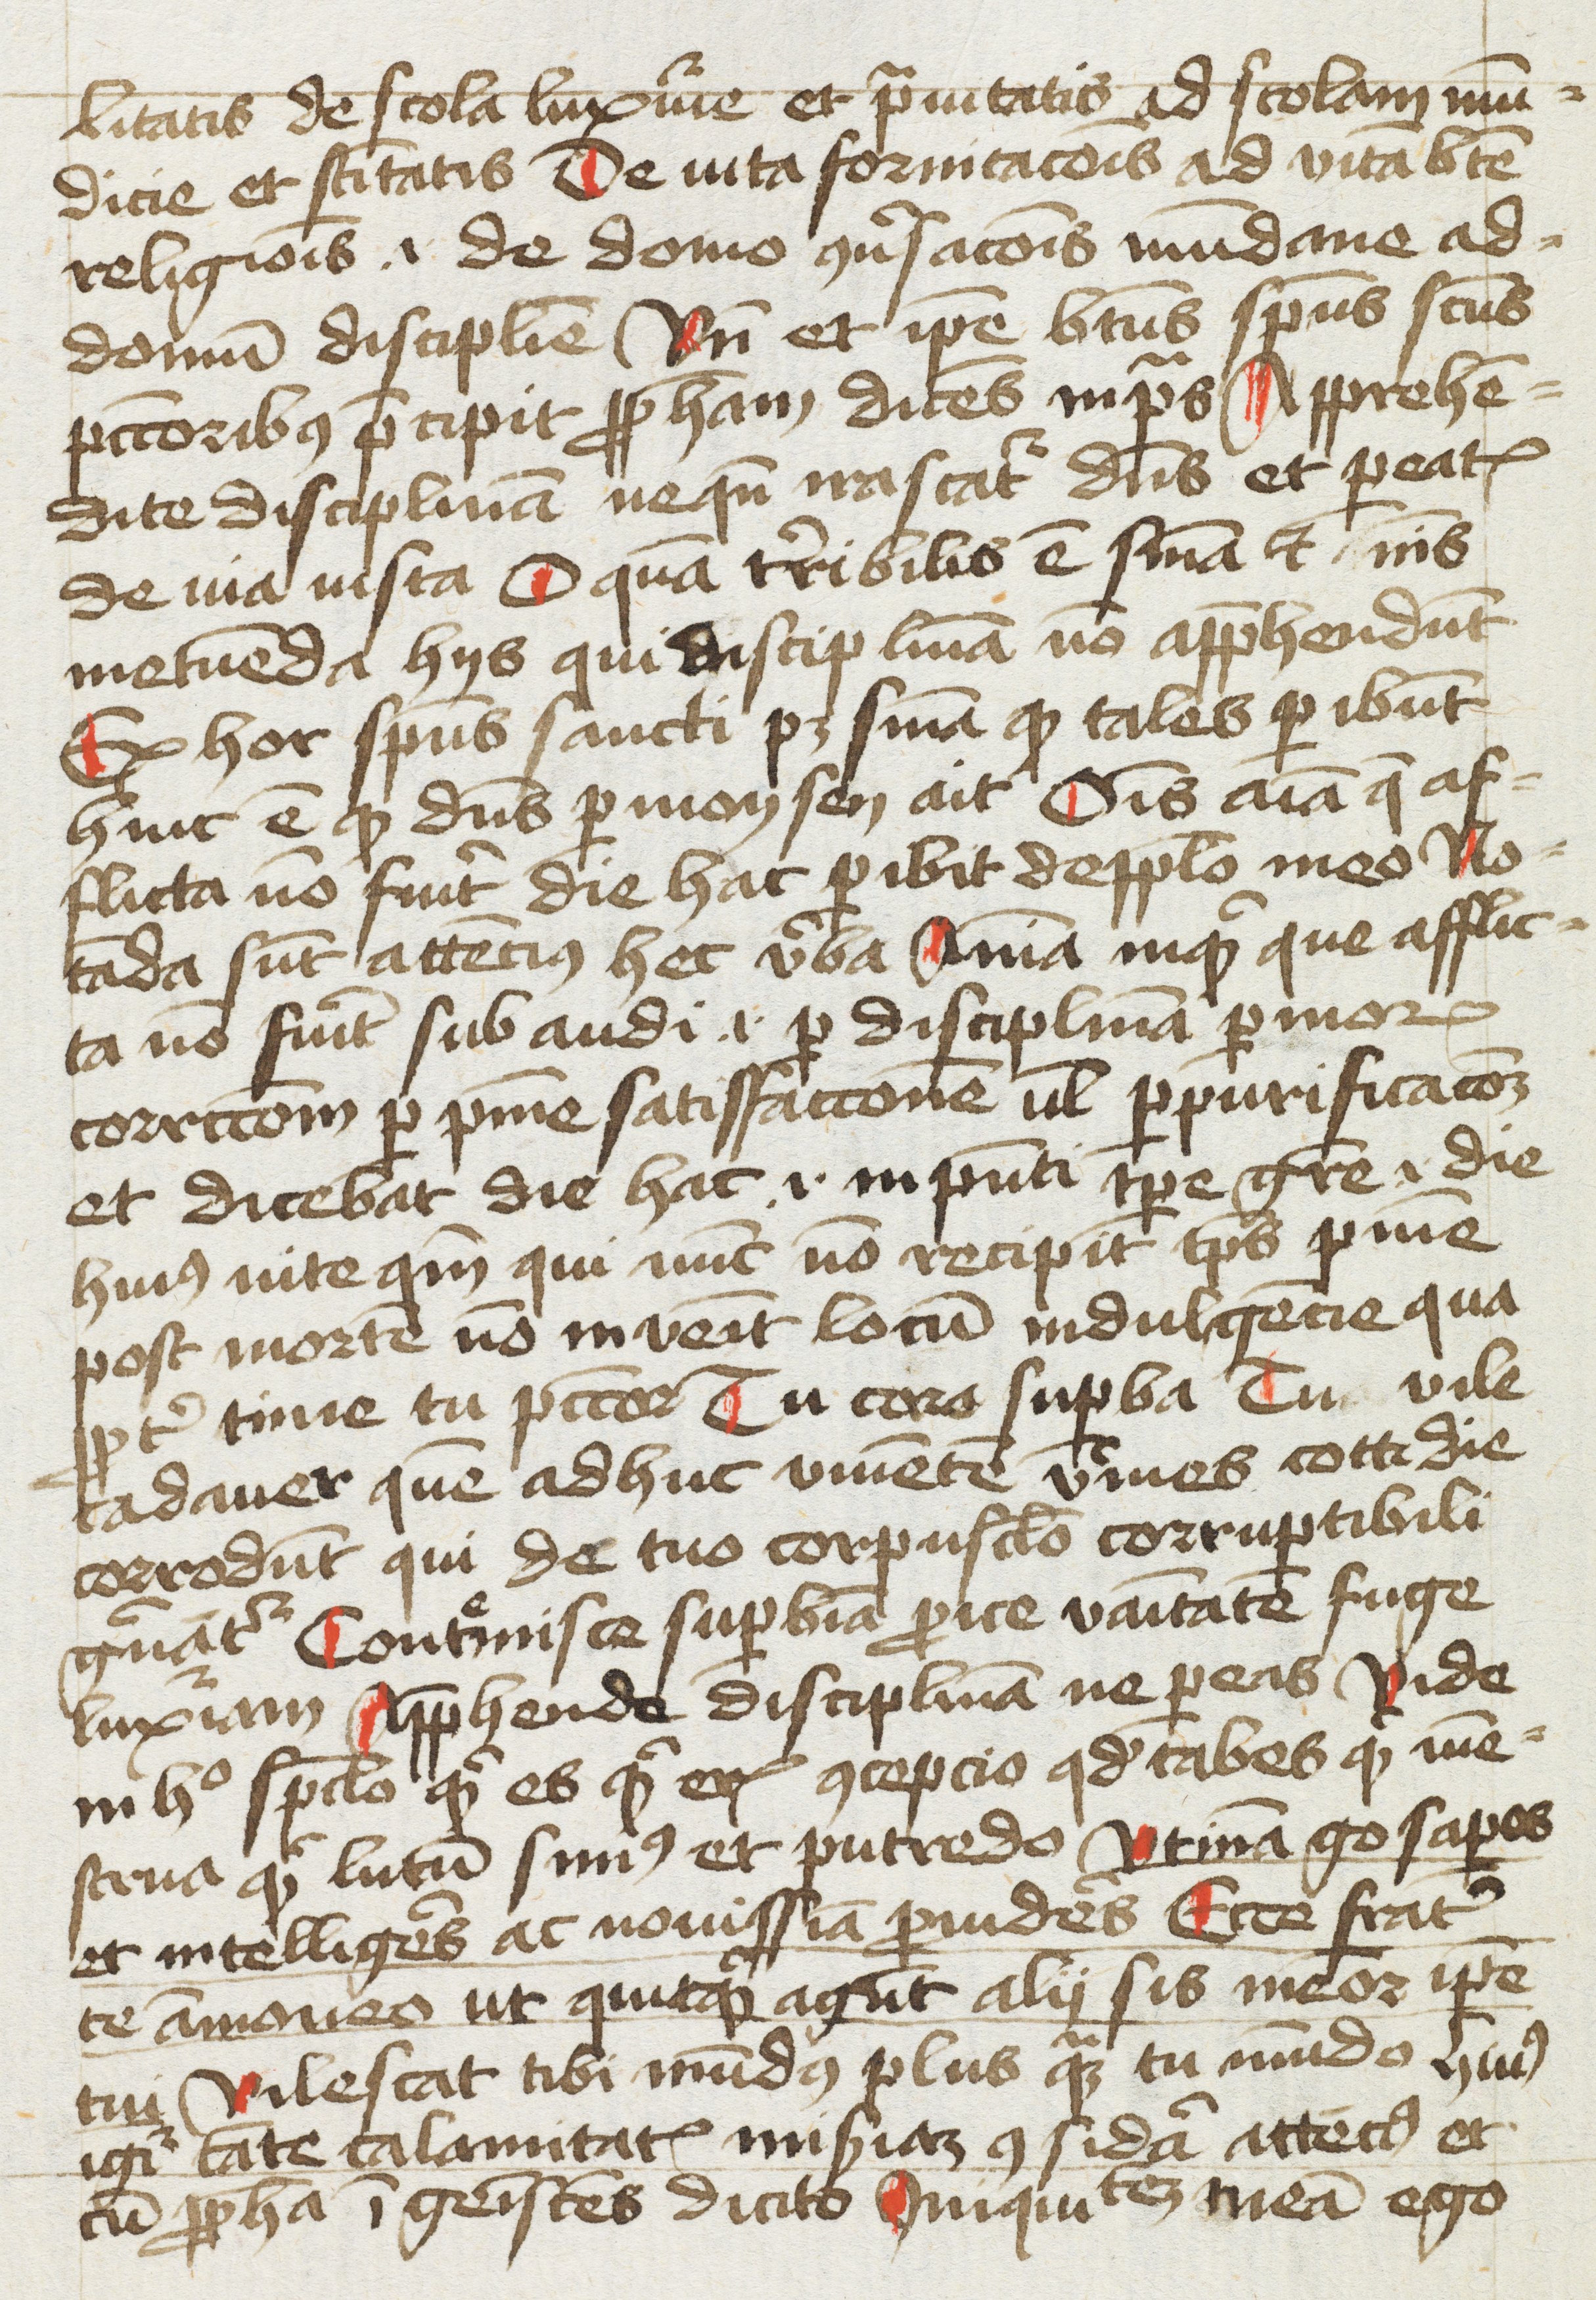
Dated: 1400–1499